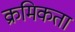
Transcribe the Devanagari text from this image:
क्रमिकता